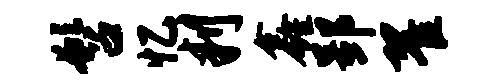
髫忆判鑫郢翟